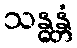
သန္ဓန္တံ